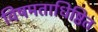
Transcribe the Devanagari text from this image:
विषमताधिष्ठित